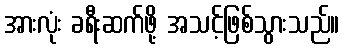
အားလုံး ခရီးဆက်ဖို့ အသင့်ဖြစ်သွားသည်။